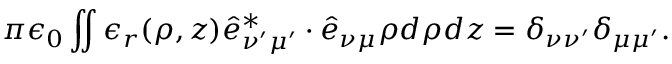
\pi \epsilon _ { 0 } \iint \epsilon _ { r } ( \rho , z ) \hat { e } _ { \nu ^ { \prime } \mu ^ { \prime } } ^ { * } \cdot \hat { e } _ { \nu \mu } \rho d { \rho } d z = \delta _ { \nu \nu ^ { \prime } } \delta _ { \mu \mu ^ { \prime } } .